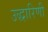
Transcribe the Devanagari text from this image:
उद्धारिणी